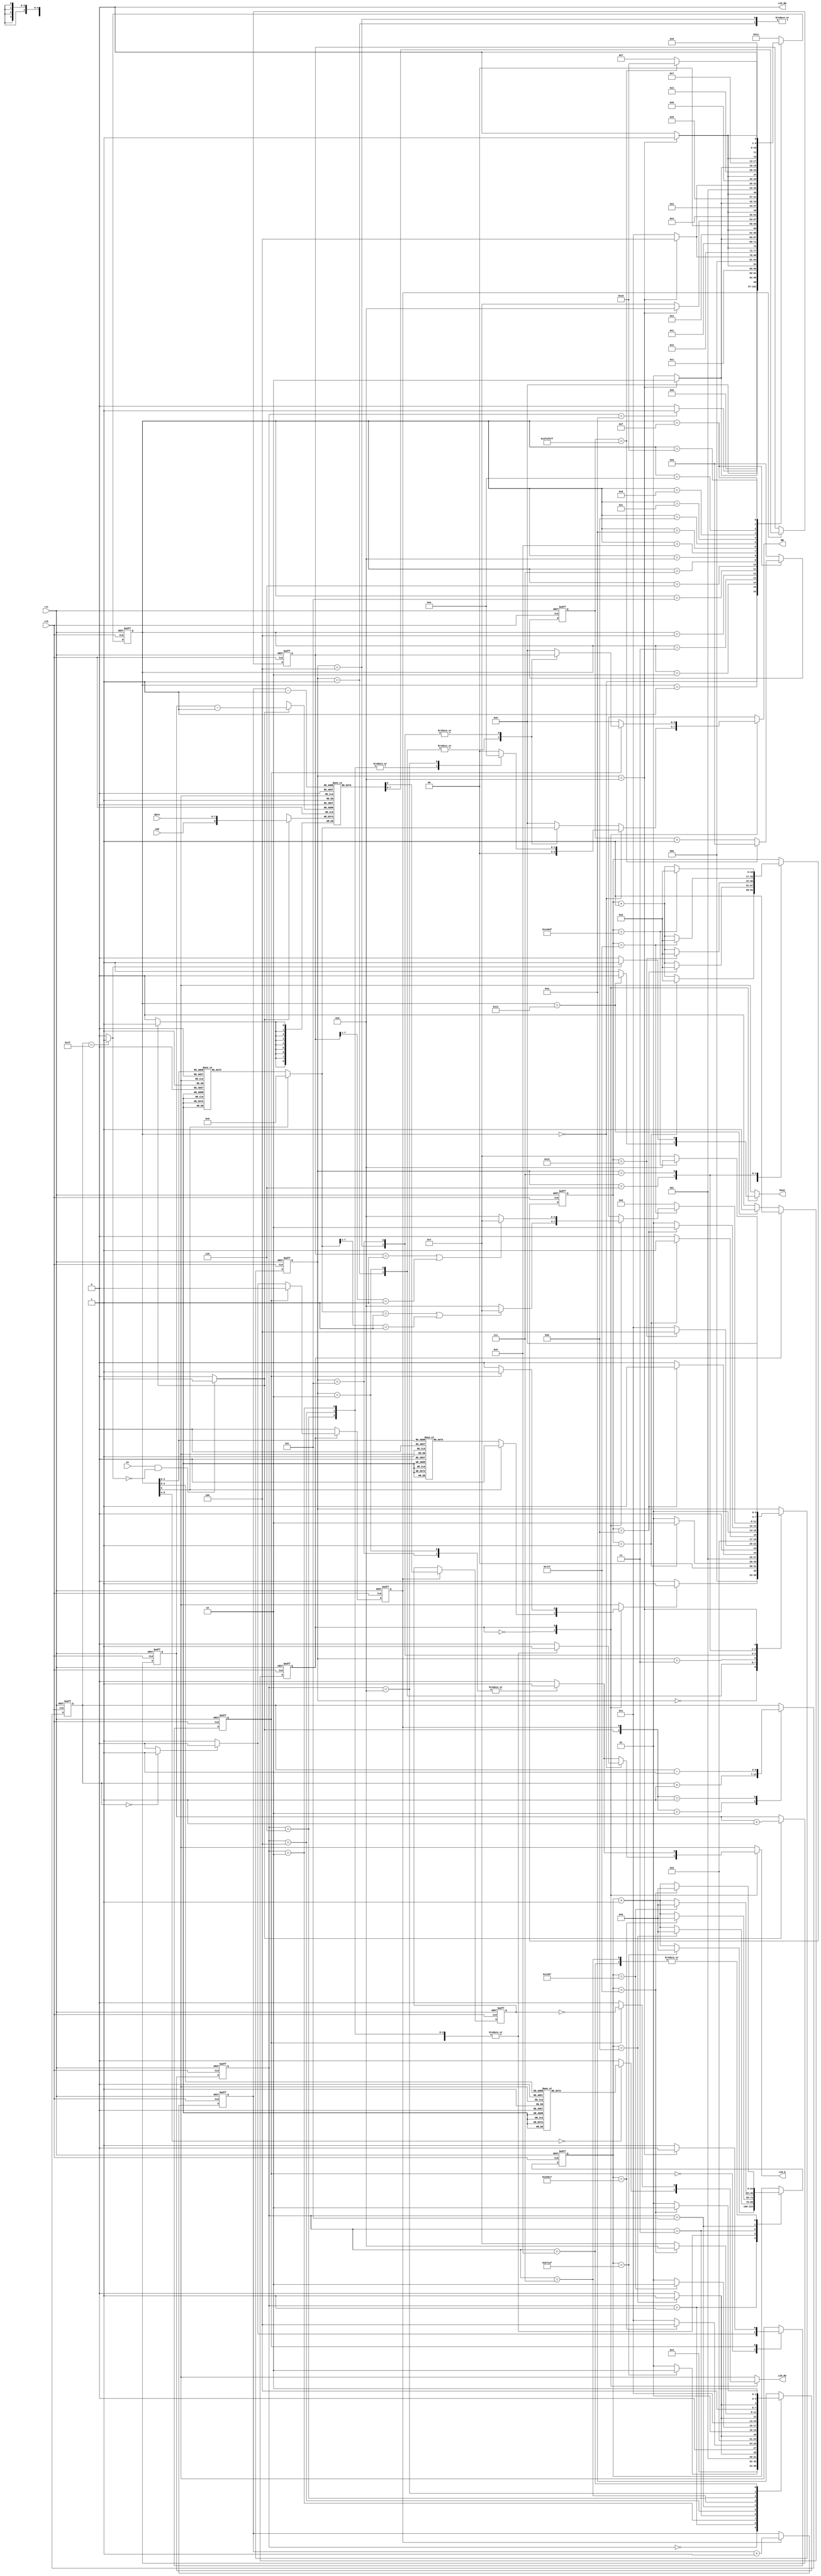
`timescale 1ns / 1ps
//////////////////////////////////////////////////////////////////////////////////
// Company:
// Engineer:
//
// Design Name:
// Module Name:    lcd_controller
// Project Name:
// Target Devices:
// Tool versions:
// Description:
//
// Dependencies:
//
// Revision:
// Revision 0.01 - File Created
// Additional Comments:
//
//////////////////////////////////////////////////////////////////////////////////
module lcd_controller(
    input clk,
    input rst,
    input en,
    input cmd,
    input [7:0] data,
    output reg [7:4] DB,
    output reg LCD_E,
    output reg LCD_RS,
    output LCD_RW,
    output reg busy
    );

	assign LCD_RW = 0;

  wire buffer_write;
  reg buffer_read;
  reg [7:0] buffer_data;
  reg buffer_cmd;
  wire buffer_full;
  wire buffer_empty;

  /*  9 bits of memory
    bit [7:0] -> for buffer_data
    bit [8] -> for buffer_cmd
  */
  reg [8:0] memory [0:30];
  reg [4:0] head, tail;

  // tail pointer for write operations
  // always @ (posedge buffer_write, posedge rst)
  always @ (negedge clk, posedge rst)
    if (rst)
      tail <= 0;
    else
      if (buffer_write)
        tail <= tail + 1;

  // memory interface for write operations
  always @ (posedge clk)
    if (buffer_write)
      memory[tail - 1] <= {cmd, data};

  // head pointer for read operations
  always @ (negedge clk, posedge rst)
    if (rst)
      head <= 0;
    else
      if (buffer_read)
        head <= head + 1;

  // memory interface for read operations;
  always @ (posedge clk, posedge rst)
    if (rst)
      {buffer_cmd, buffer_data} <= 0;
    else
      if (buffer_read)
        {buffer_cmd, buffer_data} <= memory[head - 1];

  reg [6:0] count;
  always @ (posedge clk, posedge rst)
    if (rst)
      count <= 0;
    else
      case ({buffer_write, buffer_read})
        2'b10: count <= count + 1;
        2'b01: count <= count - 1;
      endcase

  assign buffer_empty = (count == 0) ? 1'b1 : 0;
  assign buffer_full = (count == 7'd31) ? 1'b1 : 0;

  // registers for init_seq
  reg [24:0] init_seq_count;
  reg [3:0] init_seq_state;

	  // registers for MODE STATE CONTROLLER
	reg mode_state;

	  // states for MODE STATE CONTROLLER
	parameter INIT_MODE = 1'b0;
	parameter NORMAL_MODE = 1'b1;

  reg [7:0] data_init;

  // states for init_seq
  parameter IDLE = 4'd0;
  parameter FIFTEENMS = 4'd1;
  parameter ONE = 4'd2;
  parameter TWO = 4'd3;
  parameter THREE = 4'd4;
  parameter FOUR = 4'd5;
  parameter FIVE = 4'd6;
  parameter SIX = 4'd7;
  parameter SEVEN = 4'd8;
  parameter EIGHT = 4'd9;
  parameter DONE_POWER_INIT = 4'd10;

  // state diagram for init_seq
  always @ (posedge clk, posedge rst)
    if (rst)
      init_seq_state <= IDLE;
    else
      case (init_seq_state)
        IDLE: init_seq_state <= FIFTEENMS;
        FIFTEENMS:
          if (init_seq_count == (25'd750000 - 25'd1)) init_seq_state <= ONE;
          else init_seq_state <= FIFTEENMS;
        ONE:
          if (init_seq_count == (25'd12 - 25'd1)) init_seq_state <= TWO;
          else init_seq_state <= ONE;
        TWO:
          if (init_seq_count == (25'd205000 - 25'd1)) init_seq_state <= THREE;
          else init_seq_state <= TWO;
        THREE:
          if (init_seq_count == (25'd12 - 25'd1)) init_seq_state <= FOUR;
          else init_seq_state <= THREE;
        FOUR:
          if (init_seq_count == (25'd5000 - 25'd1)) init_seq_state <= FIVE;
          else init_seq_state <= FOUR;
        FIVE:
          if (init_seq_count == (25'd12 - 25'd1)) init_seq_state <= SIX;
          else init_seq_state <= FIVE;
        SIX:
          if (init_seq_count == (25'd2000 - 25'd1)) init_seq_state <= SEVEN;
          else init_seq_state <= SIX;
        SEVEN:
          if (init_seq_count == (25'd12 - 25'd1)) init_seq_state <= EIGHT;
          else init_seq_state <= SEVEN;
        EIGHT:
          if (init_seq_count == (25'd2000 - 25'd1)) init_seq_state <= DONE_POWER_INIT;
          else init_seq_state <= EIGHT;
        default: init_seq_state <= DONE_POWER_INIT;
      endcase

  // counter for init_seq
  always @ (posedge clk, posedge rst)
    if (rst)
      init_seq_count <= 0;
    else
      case (init_seq_state)
        FIFTEENMS:
          if (init_seq_count == (25'd750000 - 25'd1)) init_seq_count <= 0;
          else init_seq_count <= init_seq_count + 1;
        ONE, THREE, FIVE, SEVEN:
          if (init_seq_count == (25'd12 - 25'd1)) init_seq_count <= 0;
          else init_seq_count <= init_seq_count + 1;
        TWO:
          if (init_seq_count == (25'd205000 - 25'd1)) init_seq_count <= 0;
          else init_seq_count <= init_seq_count + 1;
        FOUR:
          if (init_seq_count == (25'd5000 - 25'd1)) init_seq_count <= 0;
          else init_seq_count <= init_seq_count + 1;
        SIX, EIGHT:
          if (init_seq_count == (25'd2000 - 25'd1)) init_seq_count <= 0;
          else init_seq_count <= init_seq_count + 1;
      endcase

  // registers for timing_seq
  reg [3:0] timing_seq_state;
  reg [16:0] timing_count;

  // states for timing_seq
  parameter INIT_TIMING = 4'd0;
  parameter HIGH_SETUP = 4'd1;
  parameter HIGH_HOLD = 4'd2;
  parameter ONEUS = 4'd3;
  parameter LOW_SETUP = 4'd4;
  parameter LOW_HOLD = 4'd5;
  parameter FORTYUS = 4'd6;
  parameter CLEAR_HOME_PAUSE = 4'd7;
  parameter DONE_WRITE = 4'd8;

  parameter CLEAR_CMD = 8'h01;
  parameter HOME_CMD = 7'h01;

	reg tx_init;

  // state diagram for timing_seq
  always @ (posedge clk, posedge rst)
    if (rst)
      timing_seq_state <= 0;
    else
      case (timing_seq_state)
        INIT_TIMING:
          if (tx_init) timing_seq_state <= HIGH_SETUP;
          else timing_seq_state <= INIT_TIMING;
        HIGH_SETUP:
          if (timing_count == 17'd2 - 17'd1) timing_seq_state <= HIGH_HOLD;
          else timing_seq_state <= HIGH_SETUP;
        HIGH_HOLD:
          if (timing_count == 17'd12 - 17'd1) timing_seq_state <= ONEUS;
          else timing_seq_state <= HIGH_HOLD;
        ONEUS:
          if (timing_count == 17'd50 - 17'd1) timing_seq_state <= LOW_SETUP;
          else timing_seq_state <= ONEUS;
        LOW_SETUP:
          if (timing_count == 17'd2 - 17'd1) timing_seq_state <= LOW_HOLD;
          else timing_seq_state <= LOW_SETUP;
        LOW_HOLD:
          if (timing_count == 17'd12 - 17'd1) timing_seq_state <= FORTYUS;
          else timing_seq_state <= LOW_HOLD;
        FORTYUS:
          if (timing_count == 17'd2000 - 17'd1)
            case (mode_state)
              INIT_MODE:
                if ( (data_init == CLEAR_CMD) || (data_init[7:1] == HOME_CMD) )
                  timing_seq_state <= CLEAR_HOME_PAUSE;
                else
                  timing_seq_state <= DONE_WRITE;
              NORMAL_MODE:
                if ( (buffer_data == CLEAR_CMD ) || (buffer_data[7:1] == HOME_CMD) )
                  timing_seq_state <= CLEAR_HOME_PAUSE;
                else
                  timing_seq_state <= DONE_WRITE;
              default: timing_seq_state <= DONE_WRITE;
            endcase
          else
            timing_seq_state <= FORTYUS;
        CLEAR_HOME_PAUSE:
          if (timing_count == 17'd82000 - 17'd1) timing_seq_state <= DONE_WRITE;
          else timing_seq_state <= CLEAR_HOME_PAUSE;
        DONE_WRITE: timing_seq_state <= INIT_TIMING;
      endcase

  // counter for timing_seq
  always @ (posedge clk, posedge rst)
    if (rst)
      timing_count <= 0;
    else
      case (timing_seq_state)
        HIGH_SETUP, LOW_SETUP:
          if (timing_count == 17'd2 - 17'd1) timing_count <= 0;
          else timing_count <= timing_count + 1;
        HIGH_HOLD, LOW_HOLD:
          if (timing_count == 17'd12 - 17'd1) timing_count <= 0;
          else timing_count <= timing_count + 1;
        ONEUS:
          if (timing_count == 17'd50 - 17'd1) timing_count <= 0;
          else timing_count <= timing_count + 1;
        FORTYUS:
          if (timing_count == 17'd2000 - 17'd1) timing_count <= 0;
          else timing_count <= timing_count + 1;
        CLEAR_HOME_PAUSE:
          if (timing_count == 17'd82000 - 17'd1) timing_count <= 0;
          else timing_count <= timing_count + 1;
      endcase

  // registers for initialization mode controller
  reg [5:0] init_mode_state;
  reg [25:0] main_counter;

  // states for initialization mode controller
  parameter INIT = 6'd0;
  parameter FUNCTION_SET = 6'd1;
  parameter ENTRY_SET = 6'd2;
  parameter SET_DISPLAY = 6'd3;
  parameter CLEAR_DISPLAY = 6'd4;
  parameter SET_ADDR = 6'd5;
  parameter CHAR_L = 6'd6;
  parameter CHAR_C = 6'd7;
  parameter CHAR_D1 = 6'd8;
  parameter CHAR_SPACE = 6'd9;
  parameter CHAR_R = 6'd10;
  parameter CHAR_E = 6'd11;
  parameter CHAR_A = 6'd12;
  parameter CHAR_D2 = 6'd13;
  parameter CHAR_Y = 6'd14;
  parameter ONESEC = 6'd15;
  parameter CLEAR_LCD_READY = 6'd16;
  parameter DONE_INIT_MODE = 6'd17;


  // TEMPORARILY REPLACE THIS FOR SIMULATION PURPOSES
  parameter TIMEONESEC = 26'd50000000;
  // parameter TIMEONESEC = 26'd500000;

  // state diagram for initialization mode controller
  always @ (posedge clk, posedge rst)
    if (rst)
      init_mode_state <= 0;
    else
      case (init_mode_state)
        INIT:
          if (init_seq_state == DONE_POWER_INIT) init_mode_state <= FUNCTION_SET;
          else init_mode_state <= INIT;
        FUNCTION_SET:
          if (timing_seq_state == DONE_WRITE) init_mode_state <= ENTRY_SET;
          else init_mode_state <= FUNCTION_SET;
        ENTRY_SET:
          if (timing_seq_state == DONE_WRITE) init_mode_state <= SET_DISPLAY;
          else init_mode_state <= ENTRY_SET;
        SET_DISPLAY:
          if (timing_seq_state == DONE_WRITE) init_mode_state <= CLEAR_DISPLAY;
          else init_mode_state <= SET_DISPLAY;
        CLEAR_DISPLAY:
          if (timing_seq_state == DONE_WRITE) init_mode_state <= SET_ADDR;
          else init_mode_state <= CLEAR_DISPLAY;
        SET_ADDR:
          if (timing_seq_state == DONE_WRITE) init_mode_state <= CHAR_L;
          else init_mode_state <= SET_ADDR;
        CHAR_L:
          if (timing_seq_state == DONE_WRITE) init_mode_state <= CHAR_C;
          else init_mode_state <= CHAR_L;
        CHAR_C:
          if (timing_seq_state == DONE_WRITE) init_mode_state <= CHAR_D1;
          else init_mode_state <= CHAR_C;
        CHAR_D1:
          if (timing_seq_state == DONE_WRITE) init_mode_state <= CHAR_SPACE;
          else init_mode_state <= CHAR_D1;
        CHAR_SPACE:
          if (timing_seq_state == DONE_WRITE) init_mode_state <= CHAR_R;
          else init_mode_state <= CHAR_SPACE;
        CHAR_R:
          if (timing_seq_state == DONE_WRITE) init_mode_state <= CHAR_E;
          else init_mode_state <= CHAR_R;
        CHAR_E:
          if (timing_seq_state == DONE_WRITE) init_mode_state <= CHAR_A;
          else init_mode_state <= CHAR_E;
        CHAR_A:
          if (timing_seq_state == DONE_WRITE) init_mode_state <= CHAR_D2;
          else init_mode_state <= CHAR_A;
        CHAR_D2:
          if (timing_seq_state == DONE_WRITE) init_mode_state <= CHAR_Y;
          else init_mode_state <= CHAR_D2;
        CHAR_Y:
          if (timing_seq_state == DONE_WRITE) init_mode_state <= ONESEC;
          else init_mode_state <= CHAR_Y;
        ONESEC:
          if (main_counter == TIMEONESEC - 26'd1) init_mode_state <= CLEAR_LCD_READY;
          else init_mode_state <= ONESEC;
        CLEAR_LCD_READY:
          if (timing_seq_state == DONE_WRITE) init_mode_state <= DONE_INIT_MODE;
          else init_mode_state <= CLEAR_LCD_READY;
        default:
          init_mode_state <= DONE_INIT_MODE;
      endcase

  // counter for initialization mode controller
  always @ (posedge clk, posedge rst)
    if (rst)
      main_counter <= 0;
    else
      case (init_mode_state)
        ONESEC:
          if (main_counter == TIMEONESEC - 26'd1) main_counter <= 0;
          else main_counter <= main_counter + 1;
        default: main_counter <= 0;
      endcase

  // state diagram for MODE STATE CONTROLLER
	always @ (posedge clk, posedge rst)
		if (rst)
			mode_state <= 0;
		else
			case (mode_state)
				INIT_MODE:
					if (init_mode_state == DONE_INIT_MODE) mode_state <= NORMAL_MODE;
					else mode_state <= INIT_MODE;
				default: mode_state <= NORMAL_MODE;
			endcase

  // registers for NORMAL MODE CONTROLLER
	reg normal_mode_state;

  // states for NORMAL MODE CONTROLLER
  parameter NORMAL_MODE_IDLE = 1'd0;
  parameter WRITE_DATA = 1'd1;

  // state diagram for NORMAL MODE CONTROLLER
  always @ (posedge clk, posedge rst)
    if (rst)
      normal_mode_state <= 0;
    else
      case (normal_mode_state)
        NORMAL_MODE_IDLE:
          if (!buffer_empty)
            normal_mode_state <= WRITE_DATA;
          else
            normal_mode_state <= NORMAL_MODE_IDLE;
        WRITE_DATA:
          if (timing_seq_state == DONE_WRITE) normal_mode_state <= NORMAL_MODE_IDLE;
          else normal_mode_state <= WRITE_DATA;
        default: normal_mode_state <= NORMAL_MODE_IDLE;
      endcase

  // tx_init for starting the write operation
  always @ (*) begin
  	case (mode_state)
  		INIT_MODE:
        case (init_mode_state)
          FUNCTION_SET, ENTRY_SET, SET_DISPLAY, CLEAR_DISPLAY, SET_ADDR,
          CHAR_L, CHAR_C, CHAR_D1, CHAR_SPACE, CHAR_R, CHAR_E, CHAR_A, CHAR_D2,
          CHAR_Y, CLEAR_LCD_READY:
            tx_init <= 1'b1;
          default:
            tx_init <= 0;
        endcase
  		NORMAL_MODE:
  			case (normal_mode_state)
          WRITE_DATA:
  					tx_init <= 1'b1;
  				default:
  					tx_init <= 0;
  			endcase
  	endcase
  end

  // LCD_RS output
  always @ (*)
		case (mode_state)
			INIT_MODE:
				case (init_mode_state)
				  CHAR_L, CHAR_C, CHAR_D1, CHAR_SPACE, CHAR_R, CHAR_E, CHAR_A,
				  CHAR_D2, CHAR_Y:
            LCD_RS <= 1'b1;
				  default:
            LCD_RS <= 0;
				endcase
			NORMAL_MODE:
				case (normal_mode_state)
          WRITE_DATA:
            LCD_RS <= ~buffer_cmd;
					default:
            LCD_RS <= 0;
				endcase
		endcase

  // data_init to send to lcd in 8bits
  always @ (*)
		case (init_mode_state)
		  FUNCTION_SET: data_init <= 8'h28;
		  ENTRY_SET: data_init <= 8'h06;

		  /* set display bits
			 bit 0 = 1 -> enable cursor blinking
			 bit 3 = 1 -> display on
		  */
		  SET_DISPLAY: data_init <= 8'h0D;
		  CLEAR_DISPLAY, CLEAR_LCD_READY: data_init <= 8'h01;
		  SET_ADDR: data_init <= 8'h80;
		  CHAR_L: data_init <= 8'h4C;
		  CHAR_C: data_init <= 8'h43;
		  CHAR_D1: data_init <= 8'h44;
		  CHAR_SPACE: data_init <= 8'h20;
		  CHAR_R: data_init <= 8'h72;
		  CHAR_E: data_init <= 8'h65;
		  CHAR_A: data_init <= 8'h61;
		  CHAR_D2: data_init <= 8'h64;
		  CHAR_Y: data_init <= 8'h79;
		  default: data_init <= 0;
		endcase

  // DB output
  always @ (*)
		case (mode_state)
			INIT_MODE:
				case (init_mode_state)
				  INIT:
            case (init_seq_state)
              ONE, THREE, FIVE:
                DB <= 4'h3;
              SEVEN:
                DB <= 4'h2;
              default: DB <= 0;
            endcase
				  default:
            case (timing_seq_state)
              HIGH_SETUP, HIGH_HOLD: DB <= data_init[7:4];
              LOW_SETUP, LOW_HOLD: DB <= data_init[3:0];
              default: DB <= 0;
            endcase
				endcase
			NORMAL_MODE:
        case (normal_mode_state)
          WRITE_DATA:
            case (timing_seq_state)
              HIGH_SETUP, HIGH_HOLD: DB <= buffer_data[7:4];
              LOW_SETUP, LOW_HOLD: DB <= buffer_data[3:0];
              default: DB <= 0;
            endcase
          default: DB <= 0;
        endcase
		endcase

  // LCD_E output
  always @ (*)
		case (mode_state)
			INIT_MODE:
				case (init_mode_state)
				  INIT:
            case (init_seq_state)
              ONE, THREE, FIVE, SEVEN:
                LCD_E <= 1'b1;
              default: LCD_E <= 0;
            endcase
				  default:
            case (timing_seq_state)
              HIGH_SETUP, LOW_SETUP: LCD_E <= 0;
              HIGH_HOLD, LOW_HOLD: LCD_E <= 1'b1;
              default: LCD_E <= 0;
            endcase
				endcase
			NORMAL_MODE:
				case (timing_seq_state)
					HIGH_SETUP, LOW_SETUP: LCD_E <= 0;
					HIGH_HOLD, LOW_HOLD: LCD_E <= 1'b1;
					default: LCD_E <= 0;
				 endcase
		endcase

  // busy output
  always @ (*)
		case (mode_state)
			INIT_MODE:
				case (init_mode_state)
				  DONE_INIT_MODE: busy <= 1'b0;
				  default: busy <= 1'b1;
				endcase
			NORMAL_MODE:
        if (buffer_full) busy <= 1'b1;
        else busy <= 1'b0;
		endcase

  assign buffer_write = ((en) && (!buffer_full)) ? 1'b1 : 0;

  // buffer_read signal
  always @ (posedge clk, posedge rst)
    if (rst)
      buffer_read <= 0;
    else
      case (mode_state)
        NORMAL_MODE:
          case (normal_mode_state)
            NORMAL_MODE_IDLE:
              if (!buffer_empty) buffer_read <= 1'b1;
              else buffer_read <= 0;
            default: buffer_read <= 0;
          endcase
        default:
          buffer_read <= 0;
      endcase
endmodule